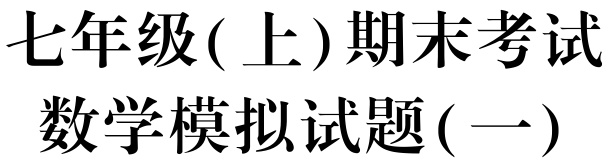
七年级( 上)期末考试
数学模拟试题( 一)